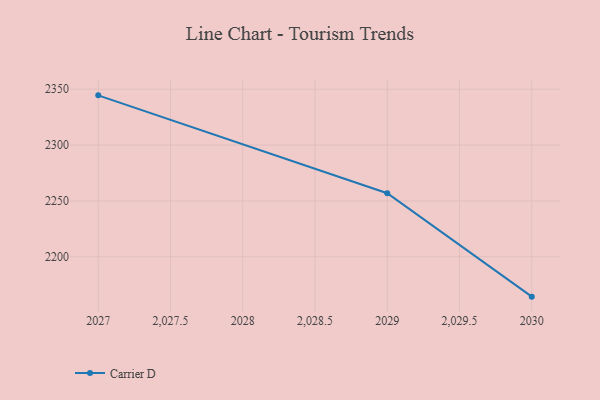
{"axis": {"x": "Year", "y": "Conversion Rate (%)"}, "legend": ["Carrier D"], "data": [{"x": "2030", "y": 2164.3, "type": "Carrier D"}, {"x": "2029", "y": 2256.9, "type": "Carrier D"}, {"x": "2027", "y": 2344.5, "type": "Carrier D"}]}